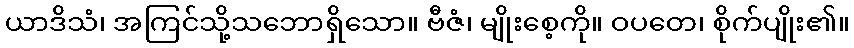
ယာဒိသံ၊ အကြင်သို့သဘောရှိသော။ ဗီဇံ၊ မျိုးစေ့ကို။ ဝပတေ၊ စိုက်ပျိုး၏။